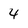
Character: 4